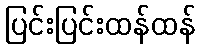
ပြင်းပြင်းထန်ထန်